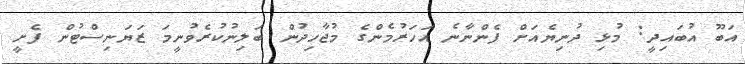
އަބޫ އުބައިދީ: މުޅި ދުނިޔެއަށް ފެންނާނެ އަހަރުމެންގެ މުޖާހިދުން ބަލިނުކުރެވުނީމަ ޒަޔަނިސްޓުން ފެށީ